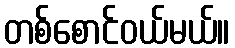
တစ်စောင်ဝယ်မယ်။